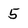
Character: 5